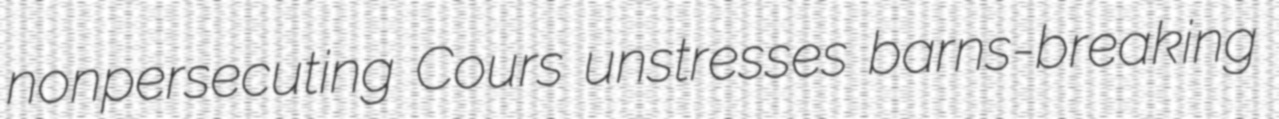
nonpersecuting Cours unstresses barns-breaking